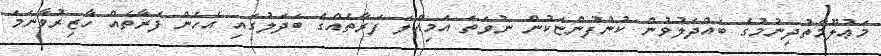
މަޢުލޫމާތުދިނުމުގެ ބައްދަލުވުން ކުންފުންޏަކުން ނުވަތަ އަމިއްލަ ފަރާތެއްގެ ބަދަލުގައި އެހެން ފަރާތެއް ހާޒިރުވާނަމަ